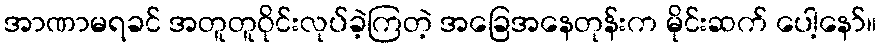
အာဏာမရခင် အတူတူဝိုင်းလုပ်ခဲ့ကြတဲ့ အခြေအနေတုန်းက မိုင်းဆက် ပေါ့နော်။